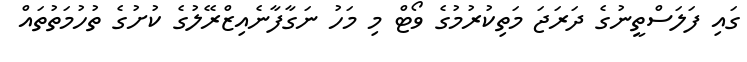
ގައި ފަލަސްތީނުގެ ދަރަޖަ މަތިކުރުމުގެ ވޯޓް މި މަހު ނަގާފާނެއިޒްރޭލުގެ ކުށުގެ ތުހުމަތުތައް